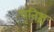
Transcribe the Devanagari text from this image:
धृतिश्च